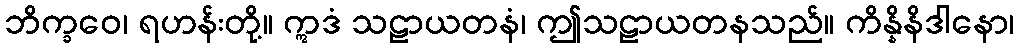
ဘိက္ခဝေ၊ ရဟန်းတို့။ ဣဒံ သဠာယတနံ၊ ဤသဠာယတနသည်။ ကိန္နိနိဒါနော၊